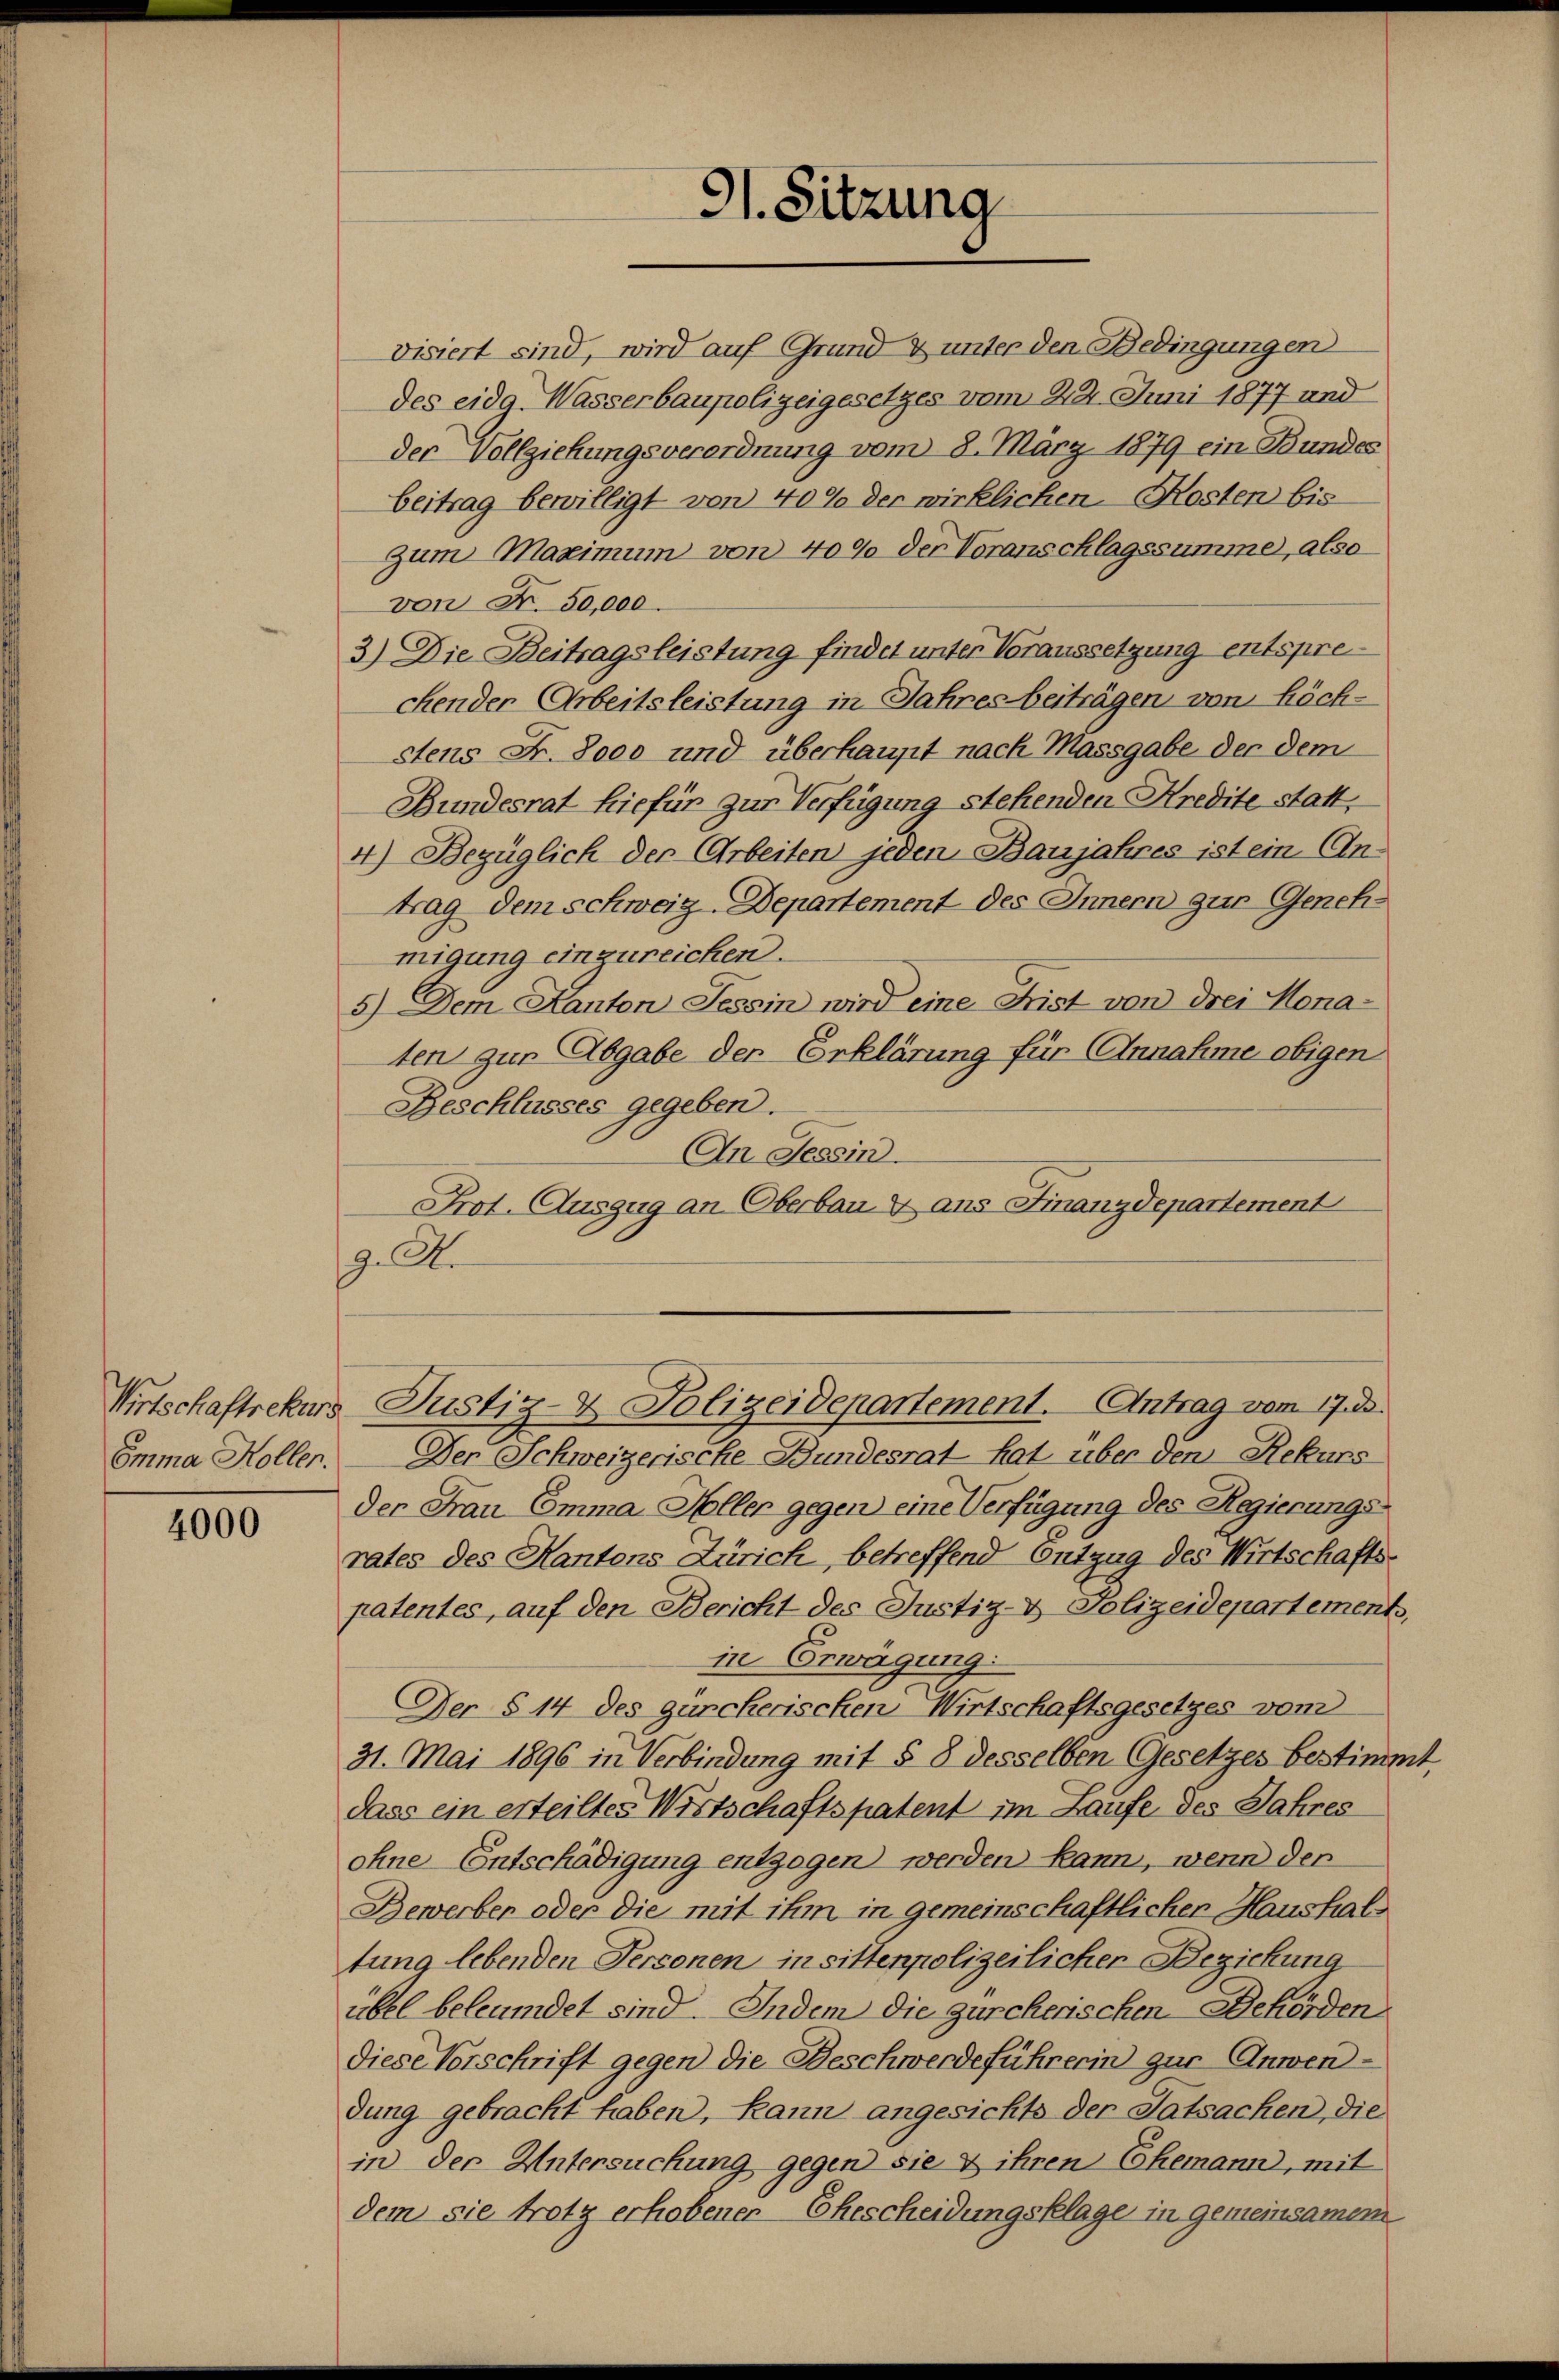
Wirtschaftsekurs
Emma Holler.

4000

91. Sitzung

visiert sind, wird auf Grund & unter den Bedingungen
des eidg. Wasserbaupolizeigesetzes vom 24. Juni 1877 und
der Vollziehungsverordnung vom 8. März 1879 ein Bundes
beitrag bewilligt von 40% der wirklichen Kosten bis
Zum Maximum von 40% der Voranschlagssumme, also
von Fr. 50,000.
3) Die Beitragsleistung findet unter Voraussetzung entspre
chender Arbeitsleistung in Jahres beiträgen von höchstens Fr. 8ooo und überhaupt nach Massgabe der dem
Bundesrat hiefür zur Verfügung stehenden Kredite statt,
4) Bezüglich der Arbeiten jeden Banjahres ist ein An-
trag dem schweiz. Departement des Innern zur Genehmigung einzureichen.
5) Dem Kanton Tessin wird eine Frist von drei Monaten zur Abgabe der Erklärung für Annahme obigen
Beschlusses gegeben.
An Tessin.
Prot. Auszug an Oberbaux ans Finanzdepartement
z. B.
Justiz- & Polizeidepartement. Antrag vom 17. ds.
Der Schweizerische Bundesrat hat über den Rekurs
der Frau Emma Heller gegen eine Verfügung des Regierungsrates des Kantons Zürich, betreffend Entzug des Wirtschafts-
patentes, auf den Bericht des Justiz- & Polizeidepartements,
in Erwägung
Der § 14 des zürcherischen Wirtschaftsgesetzes vom
31. Mai 1896 in Verbindung mit § 8 desselben Gesetzes bestimmt
dass ein erteiltes Wirtschaftspatent im Laufe des Jahres
ohne Entschädigung entzogen werden kann, wenn den
Bewerber oder die mit ihm in gemeinschaftlicher Haushaltung lebenden Personen in sittenpolizeilicher Beziehung
übel beleumdet sind. Indem die zürcherischen Behörden
diese Vorschrift gegen die Beschwerdeführerin zur Anwendung gebracht haben, kann angesichts der Tatsachen, die
in der Untersuchung gegen sie & ihren Ehemann, mit
dem sie trotz erhobener Ehescheidungsklage in gemeinsamen